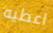
اعطيه